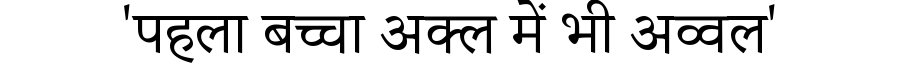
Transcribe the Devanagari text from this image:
'पहला बच्चा अक्ल में भी अव्वल'